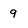
Character: 9